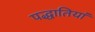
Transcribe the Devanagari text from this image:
पद्धातियां